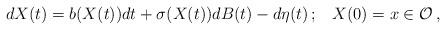
LaTeX: \begin{align*}dX(t)=b(X(t))dt+\sigma(X(t))dB(t)-d\eta(t)\,;\,\,\,\,\, X(0)=x\in{\mathcal O}\,,\end{align*}